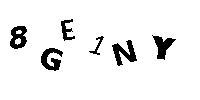
8GE1NY